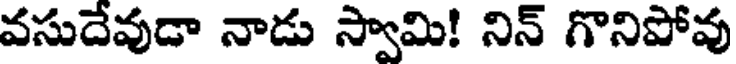
వసుదేవుడా నాడు స్వామి! నిన్ గొనిపోవు